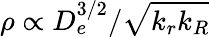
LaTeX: \rho\propto D_{e}^{3/2}/\sqrt{k_{r}k_{R}}